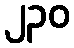
၂၃၀